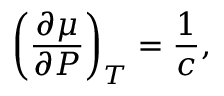
\left( \frac { \partial \mu } { \partial P } \right) _ { T } = \frac { 1 } { c } ,